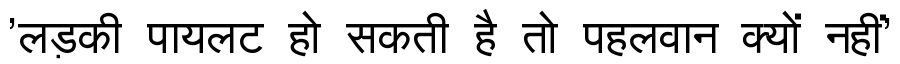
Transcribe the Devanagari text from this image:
'लड़की पायलट हो सकती है तो पहलवान क्यों नहीं'